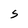
Character: S